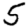
Digit: 5